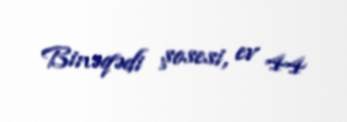
Binəqədi şosesi, ev 44